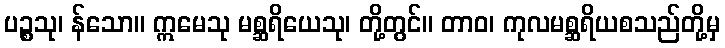
ပဉ္စသု၊ န်သော။ ဣမေသု မစ္ဆရိယေသု၊ တို့တွင်။ တာဝ၊ ကုလမစ္ဆရိယစသည်တို့မှ